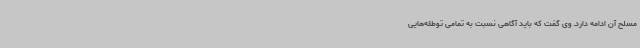
مسلح آن ادامه دارد. وی گفت که باید آگاهی نسبت به تمامی توطئه‌هایی